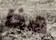
هذا